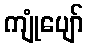
ကျုံပျော်